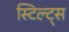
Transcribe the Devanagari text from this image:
स्टिल्ट्स